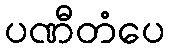
ပဏီတံပေ